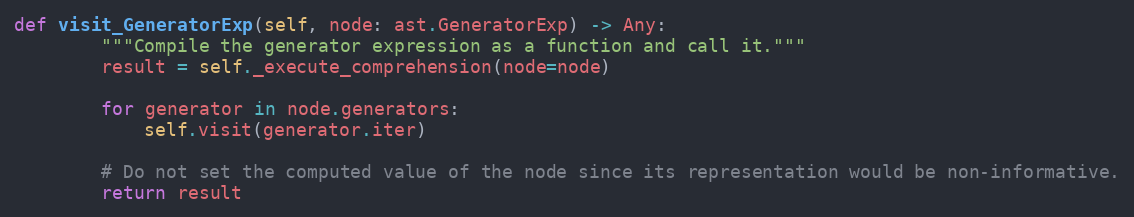
Language: Python
def visit_GeneratorExp(self, node: ast.GeneratorExp) -> Any:
        """Compile the generator expression as a function and call it."""
        result = self._execute_comprehension(node=node)

        for generator in node.generators:
            self.visit(generator.iter)

        # Do not set the computed value of the node since its representation would be non-informative.
        return result